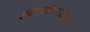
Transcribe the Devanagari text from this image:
संबंधाक्षेपपरिहार